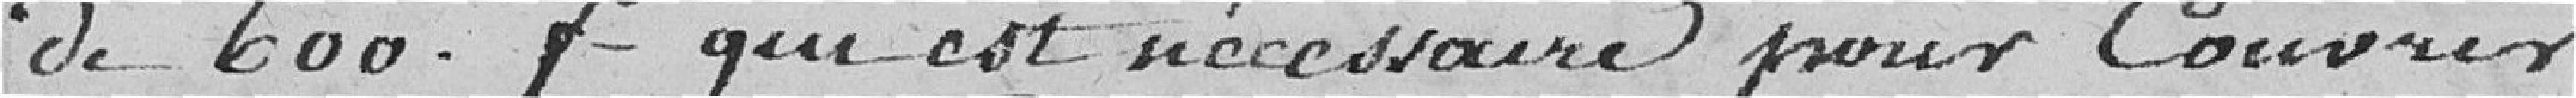
de 600. F qui est nécessaire pour couvrir